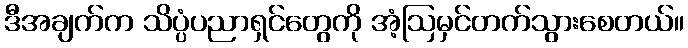
ဒီအချက်က သိပ္ပံပညာရှင်တွေကို အံ့ဩမှင်တက်သွားစေတယ်။